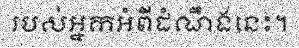
របស់អ្នកអំពីដំណឹងនេះ។